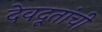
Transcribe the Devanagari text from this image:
देवदूतांची